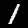
Digit: 1